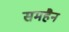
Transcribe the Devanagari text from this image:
समहैन